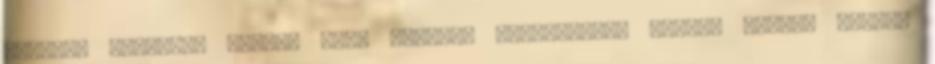
gyakran vádolnak azzal, hogy keveset foglalkozol velük, hiszen minden